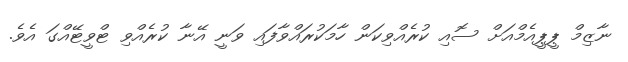
ނާޒިމް ޕީޕީއެމްއަށް ސޮއި ކުރެއްވިކަން ހާމަކުރައްވާފައި ވަނީ އޭނާ ކުރެއްވި ޓްވީޓޭއްގަ އެވެ.